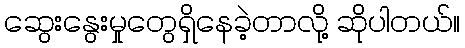
ဆွေးနွေးမှုတွေရှိနေခဲ့တာလို့ ဆိုပါတယ်။